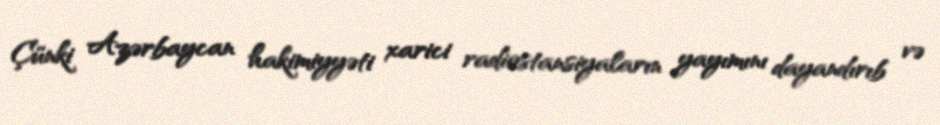
Çünki Azərbaycan hakimiyyəti xarici radiostansiyaların yayımını dayandırıb və